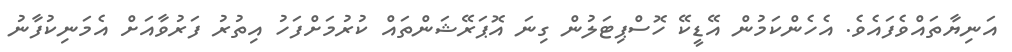
އަނިޔާތައްވެފައެވެ. އެހެންކަމުން އޭޑީކޭ ހޮސްޕިޓަލުން ގިނަ އޮޕަރޭޝަންތައް ކުރުމަށްފަހު އިތުރު ފަރުވާއަށް އެމަނިކުފާނު